Annual report of the Bengal Veterinary College and of the Civil Veterinary Department, Bengal, for the year 1911-1912 - 1911-1912
Year: 1911
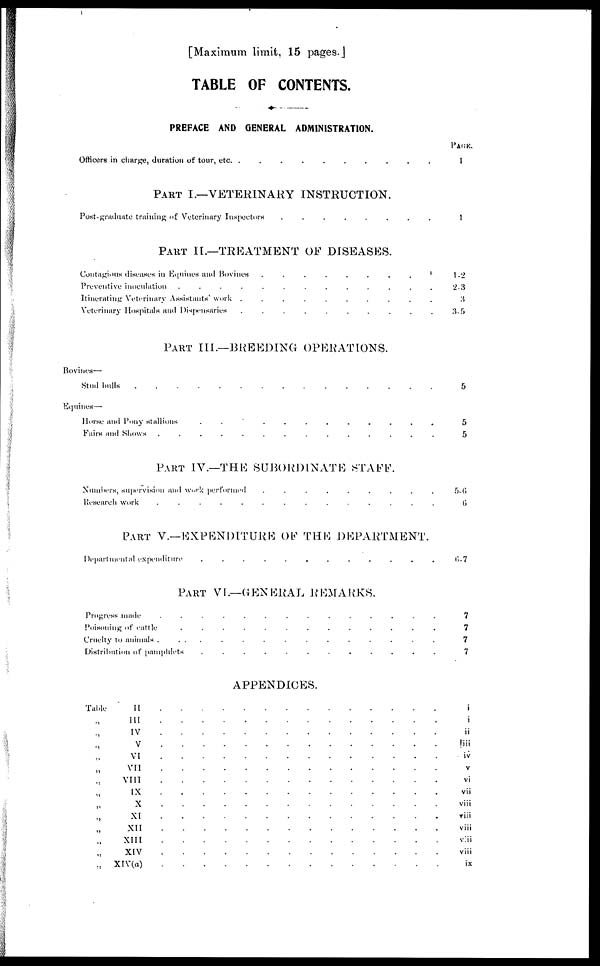
[Maximum limit, 15 pages. J
TABLE OF CONTENTS.
PREFACE AND GENERAL ADMINISTRATION.
Officers in charge, duration of tour,etc ......
PART I.—VETERINARY INSTRUCTION.
Post-graduate training of veterinary Inspectors ....
PART II.—TREATMENT OF DISEASES.
Contagious diseases in Equines and Bovines ....
Preventive inoculation
Itinerating Veterinary Assistants' work
Veterinary Hospitals and Dispensaries
PART III.—BREEDING OPERATIONS.
Bovines—
Stud bulls .......
Equines—
Horse and Pony stallions
Fairs and Shows
PART IV.—THE SUBORDINATE STAFF.
Number, supervision and work performed .....
Research work ......
PART V.—EXPENDITURE OF THE DEPARTMENT.
Departmental expenditure
PART VI.—GENERAL REMARKS.
Progress made .....
Poisoning of cattle ....
Cruelty to animals
Distribution of pamphlets .....
APPENDICES.
Table II ........
„ III
„ IV
„ V
„ VI
„ VII
„ VIII
„ IX
„ X
„ XI
„ XII
„ XIII
„ XIV
„ XIV(a)
PAGE.
1
1
1-2
2-3
3
3-5
5
5
5
5-0
6
6-7
7
7
7
7
i
i
ii
!iii
iv
V
vi
vii
viii
viii
viii
viii
viii
ix